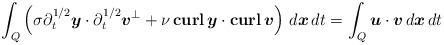
LaTeX: \begin{align*}\int_{Q} \left(\sigma \partial_t^{1/2} \boldsymbol{y} \cdot\partial_t^{1/2} \boldsymbol{v}^{\perp} + \nu \, \textbf{curl} \, \boldsymbol{y} \cdot \textbf{curl} \, \boldsymbol{v} \right)\, d\boldsymbol{x}\,dt= \int_{Q} \boldsymbol{u}\cdot\boldsymbol{v} \, d\boldsymbol{x}\,dt\end{align*}